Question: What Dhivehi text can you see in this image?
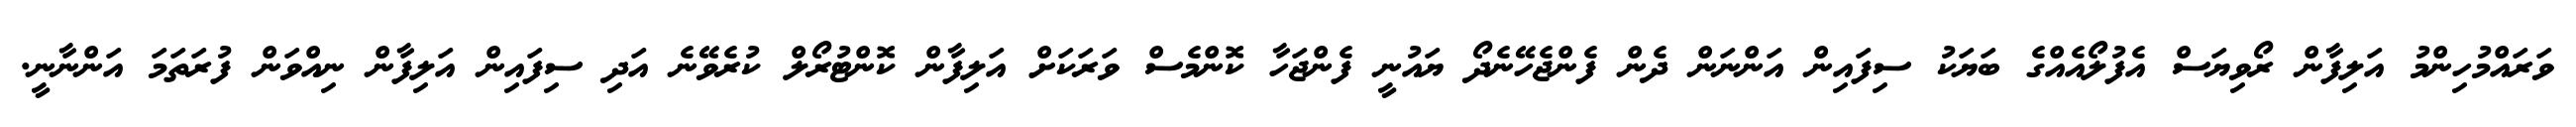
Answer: ވަރައްމުހިންމު އަލިފާން ރޯވިޔަސް އެފުލޯއެއްގެ ބަޔަކު ސިފައިން އަންނަން ދެން ފެންޖެހޭނެދޯ ޔައުނީ ފެންޖަހާ ކޮންމެސް ވަރަކަށް އަލިފާން ކޮންޓުރޯލް ކުރެވޭނެ އަދި ސިފައިން އަލިފާން ނިއްވަން ފުރަތަމަ އަންނާނީ.